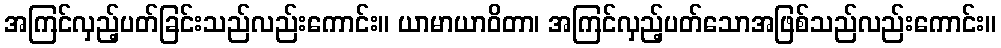
အကြင်လှည့်ပတ်ခြင်းသည်လည်းကောင်း။ ယာမာယာဝိတာ၊ အကြင်လှည့်ပတ်သောအဖြစ်သည်လည်းကောင်း။